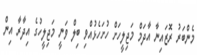
މެންބަރު ރޮޒައިނާ އާދަމް މަޖިލީހަށް ހުށަހެޅުއްވި ބިލް ވަނީ މަޖިލީހުގެ އިދާރާ އިން